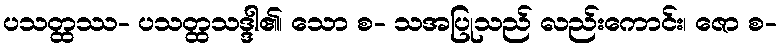
ပသတ္ထဿ- ပသတ္ထသဒ္ဒါ၏၊ သော စ- သအပြုသည် လည်းကောင်း၊ ဇော စ-